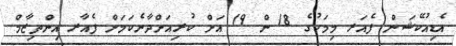
އެޑިއުކޭޝަން ފެއަރ މިމަހުގެ 18 ން 19 އަށް ކުރިއަށްދާނެކަމަށް ފެއާރ އިންތިޒާމް